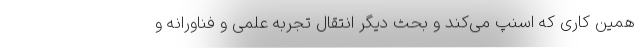
همین کاری که اسنپ می‌کند و بحث دیگر انتقال تجربه علمی و فناورانه و